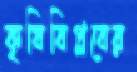
কৃষিবিপ্লবের